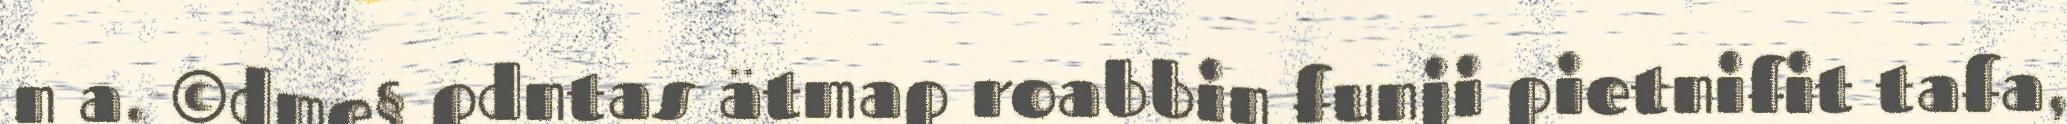
n a. ©dme§ pdntas ätmap roabbin funji pietnifit tafa,